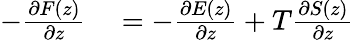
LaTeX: \begin{array}{rl}{-\frac{\partial F(z)}{\partial z}}&{{}=-\frac{\partial E(z)}{\partial z}+T\frac{\partial S(z)}{\partial z}}\end{array}